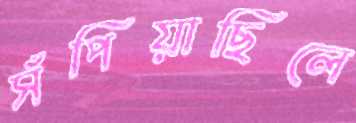
সঁপিয়াছিলে